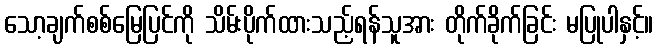
သော့ချက်စစ်မြေပြင်ကို သိမ်းပိုက်ထားသည့်ရန်သူအား တိုက်ခိုက်ခြင်း မပြုပါနှင့်။